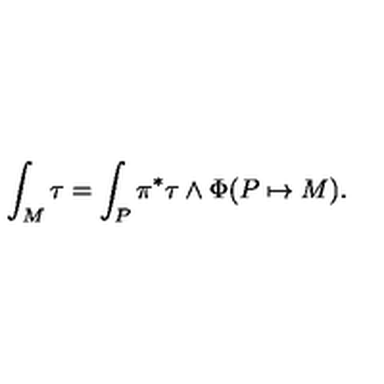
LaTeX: \int _ { M } \tau = \int _ { P } \pi ^ { * } \tau \wedge \Phi ( P \mapsto M ) .